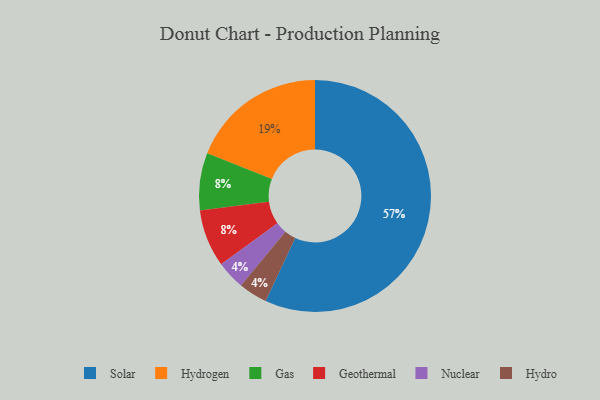
{"axis": {"x": "Category", "y": "Percentage"}, "legend": ["Gas", "Geothermal", "Hydro", "Hydrogen", "Nuclear", "Solar"], "data": [{"x": "Nuclear", "y": 4, "type": "Nuclear"}, {"x": "Solar", "y": 57, "type": "Solar"}, {"x": "Hydro", "y": 4, "type": "Hydro"}, {"x": "Gas", "y": 8, "type": "Gas"}, {"x": "Hydrogen", "y": 19, "type": "Hydrogen"}, {"x": "Geothermal", "y": 8, "type": "Geothermal"}]}